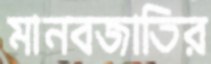
মানবজাতির